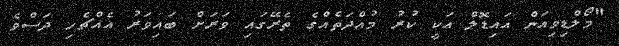
"މޯލްޑިވިއަން އައިޑޮލް އަކީ ކުރު މުއްދަތެއްގެ ތެރޭގައި ވަރަށް ބައިވަރު އެއްޗެހި ދަސްވެ